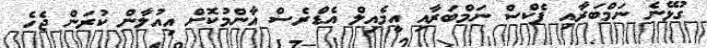
ގުޅޭނެ ނަމްބަރާއި ފެކްސް ނަމްބަރާއި އީމެއިލް އެޑްރެސް އާންމުކޮށް އިއުލާން ކުރަން ޖެހެ